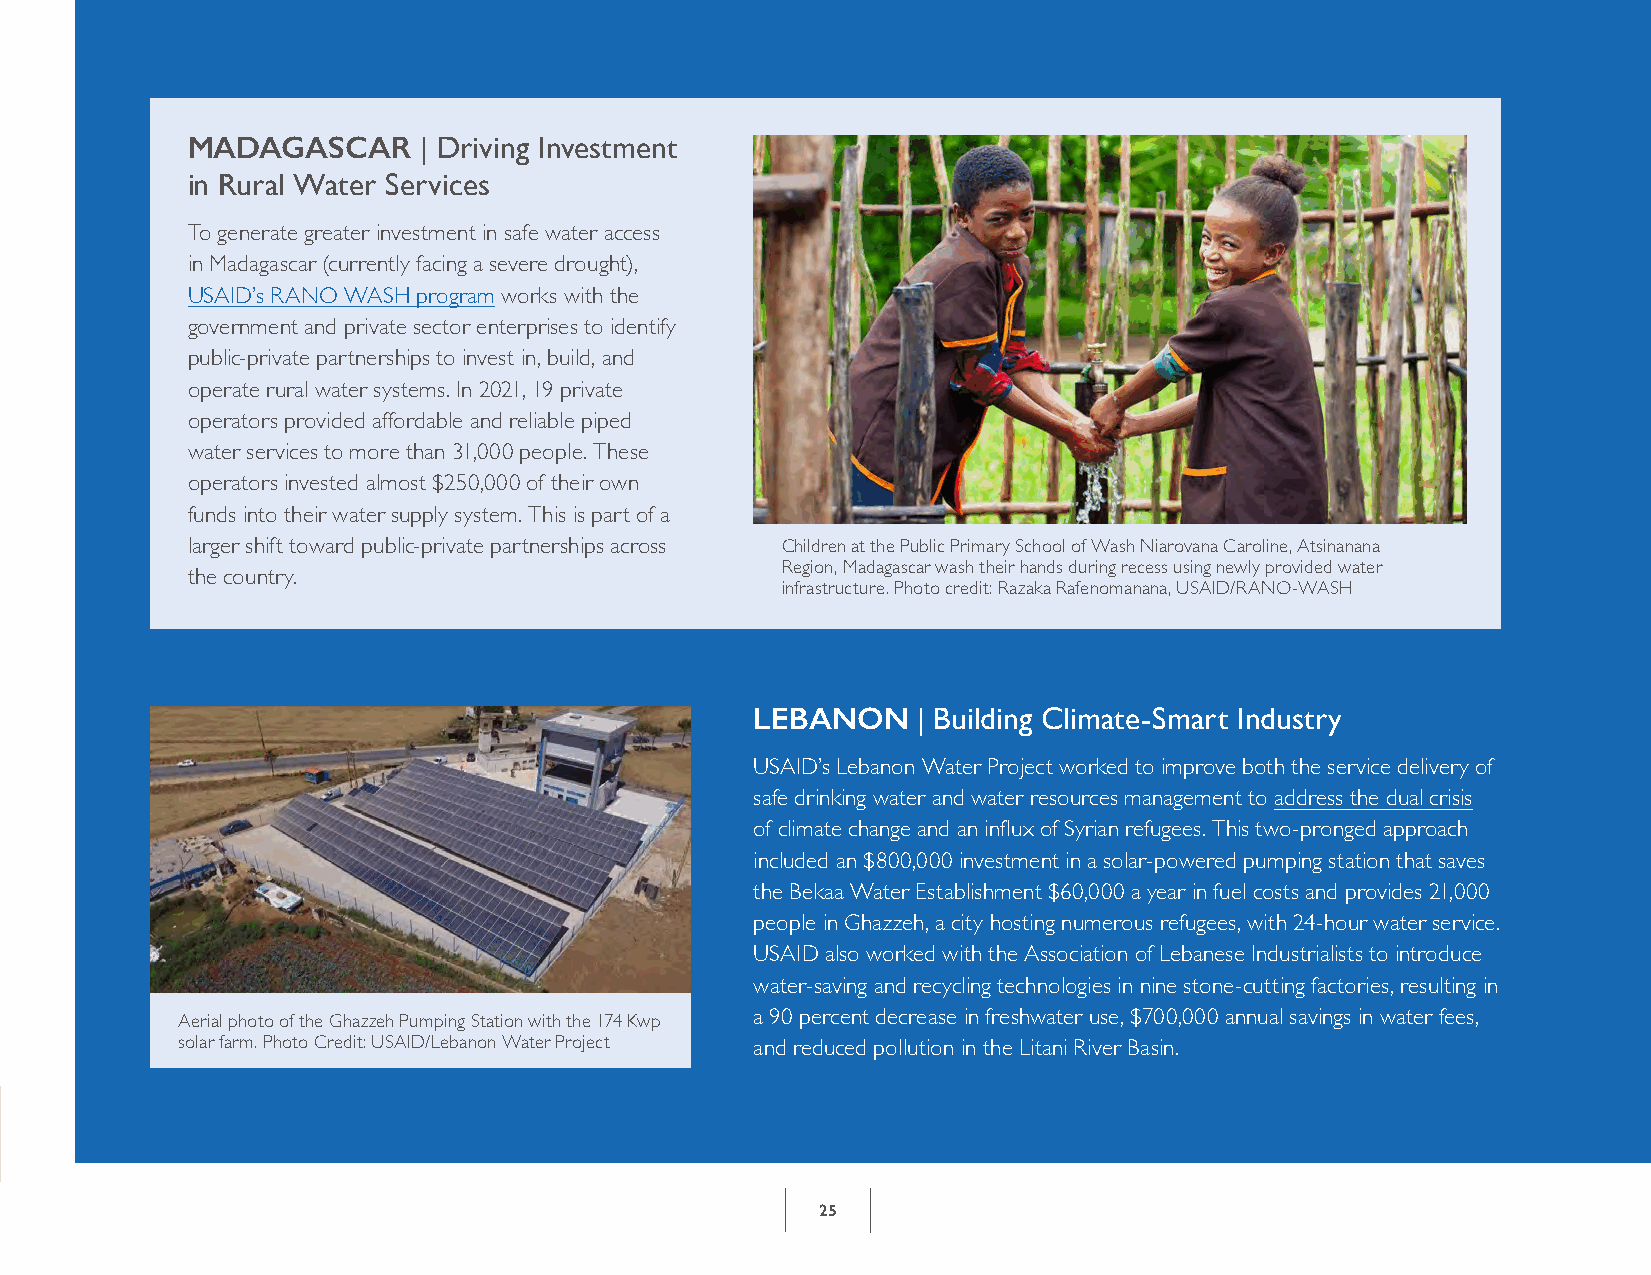
FY 2020 ANNUAL REPORT
 MADAGASCAR      | Driving Investment
 in Rural Water Services
 To generate greater investment in safe water access
 in Madagascar (currently facing a severe drought),
 USAID’s RANO WASH program works with the
 government and private sector enterprises to identify
 public-private partnerships to invest in, build, and
 operate rural water systems. In 2021, 19 private
 operators provided affordable and reliable piped
 water services to more than 31,000 people. These
 operators invested almost $250,000 of their own
 funds into their water supply system. This is part of a
 larger shift toward public-private partnerships across Children at the Public Primary School of Wash Niarovana Caroline, Atsinanana
 Region, Madagascar wash their hands during recess using newly provided water
 the country.
 infrastructure. Photo credit: Razaka Rafenomanana, USAID/RANO-WASH
 LEBANON    | Building Climate-Smart Industry
 USAID’s Lebanon Water Project worked to improve both the service delivery of
 safe drinking water and water resources management to address the dual crisis
 of climate change and an influx of Syrian refugees. This two-pronged approach
 included an $800,000 investment in a solar-powered pumping station that saves
 the Bekaa Water Establishment $60,000 a year in fuel costs and provides 21,000
 people in Ghazzeh, a city hosting numerous refugees, with 24-hour water service.
 USAID also worked with the Association of Lebanese Industrialists to introduce
 water-saving and recycling technologies in nine stone-cutting factories, resulting in
 Aerial photo of the Ghazzeh Pumping Station with the 174 Kwp a 90 percent decrease in freshwater use, $700,000 annual savings in water fees,
 solar farm. Photo Credit: USAID/Lebanon Water Project and reduced pollution in the Litani River Basin.
 25